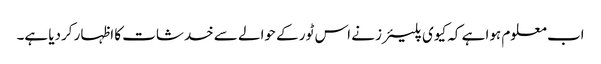
اب معلوم ہوا ہے کہ کیوی پلیئرز نے اس ٹور کے حوالے سے خدشات کا اظہار کردیا ہے۔